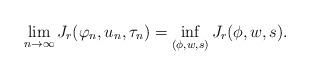
LaTeX: \begin{align*}\lim_{n \to \infty} J_{r}(\varphi_{n}, u_{n}, \tau_{n}) = \inf_{(\phi, w, s)} J_{r}(\phi, w, s).\end{align*}